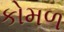
કોમળ